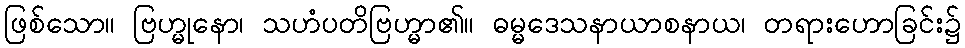
ဖြစ်သော။ ဗြဟ္မုနော၊ သဟံပတိဗြဟ္မာ၏။ ဓမ္မဒေသနာယာစနာယ၊ တရားဟောခြင်း၌